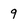
Character: 9